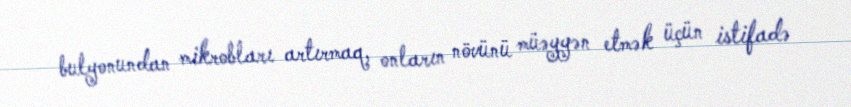
bulyonundan mikrobları artırmaq, onların növünü müəyyən etmək üçün istifadə